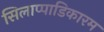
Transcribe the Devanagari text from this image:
सिलाप्पाडिकारम